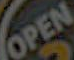
OPEN